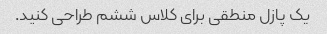
یک پازل منطقی برای کلاس ششم طراحی کنید.